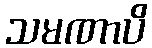
သမဏာပိ